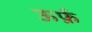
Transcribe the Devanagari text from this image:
ऊर्फ़